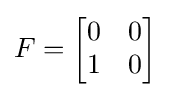
F={\begin{bmatrix}0&0\\1&0\end{bmatrix}}